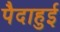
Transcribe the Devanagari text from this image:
पैदाहुई